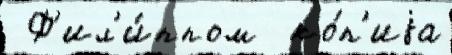
 Ф'ил'и́ппом  ко́п'иjа